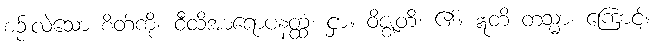
စဉ်းလဲသော စိတ်ကို။ ဝီထိအာရောပနတ္ထံ၊ ငှာ။ ဝိဇ္ဈတိ၊ ၏။ ဣတိ တသ္မာ၊ ကြောင့်။